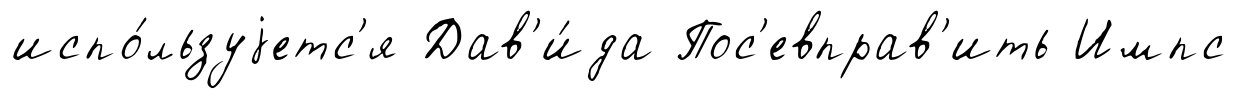
испо́льзуjетс'я Дав'и́да Пос'евправ'ить Импс